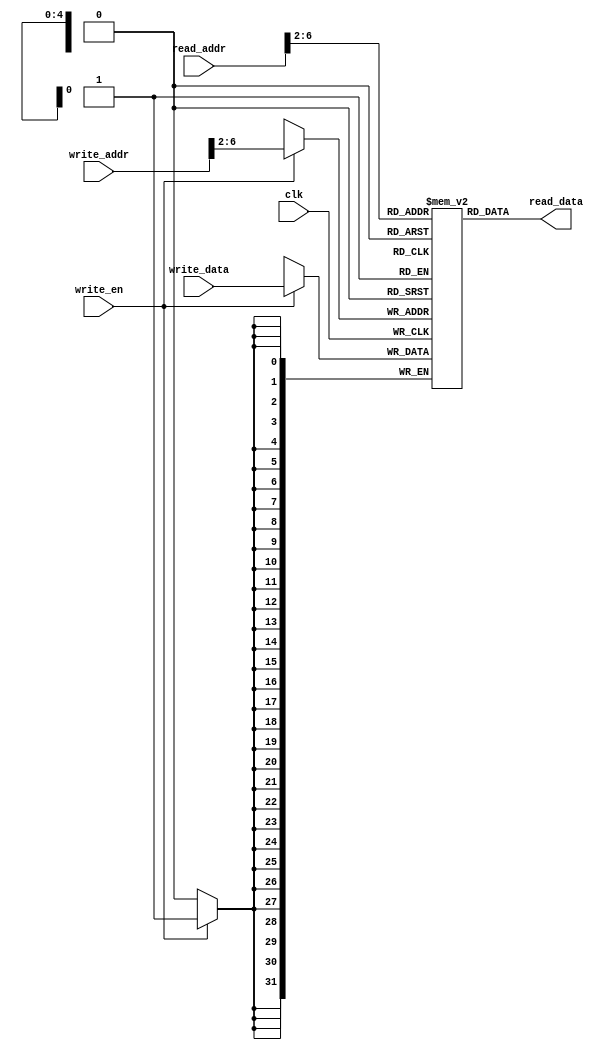
module DataMem(
    input clk,
    input write_en,
    input [31:0] read_addr,
    input [31:0] write_addr,
    input [31:0] write_data,
    output [31:0] read_data

);
    reg [31:0] memori [31:0];
    always @(posedge clk) begin
        if (write_en)
            memori[write_addr >> 2] = write_data;
    end
    assign read_data = memori[read_addr >> 2];
endmodule